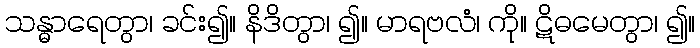
သန္ဓာရေတွာ၊ ခင်း၍။ နိဒိတွာ၊ ၍။ မာရဗလံ၊ ကို။ ဋိဓမေတွာ၊ ၍။